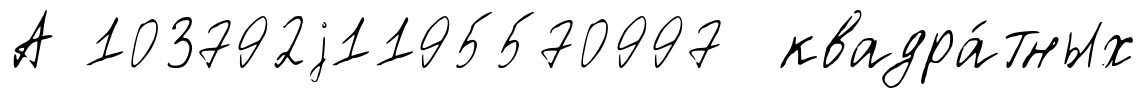
А 103792j1195570997 квадра́тных